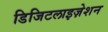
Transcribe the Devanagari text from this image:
डिजिटलाइज़ेशन